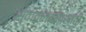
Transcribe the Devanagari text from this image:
स्वावलंबनासाठी